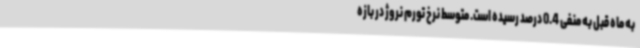
به ماه قبل به منفی 0.4 درصد رسیده است. متوسط نرخ تورم نروژ در بازه